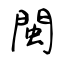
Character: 閩